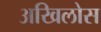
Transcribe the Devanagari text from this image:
अखिलोस